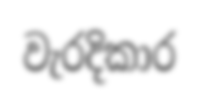
වැරදිකාර